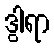
ဒွါရာ